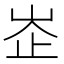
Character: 峜